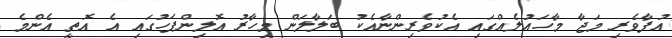
އުފާވެރި މަޖާ މާހައުލެއްގައި އެކުވެރިންނާއެކު ބަލާލަން މިހާރު އޮލިންޕަހުގައި އެ އޮތީ އެންމެ